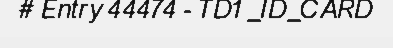
# Entry 44474 - TD1_ID_CARD